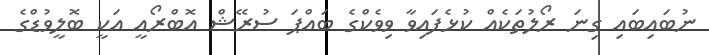
ނުބައިބައި ގިނަ ރޯލުތަކެއް ކުޅެފައިވާ ވިވެކްގެ ބައްޕަ ސުރޭޝް އޮބްރޯއީ އަކީ ބޮލީވުޑްގެ